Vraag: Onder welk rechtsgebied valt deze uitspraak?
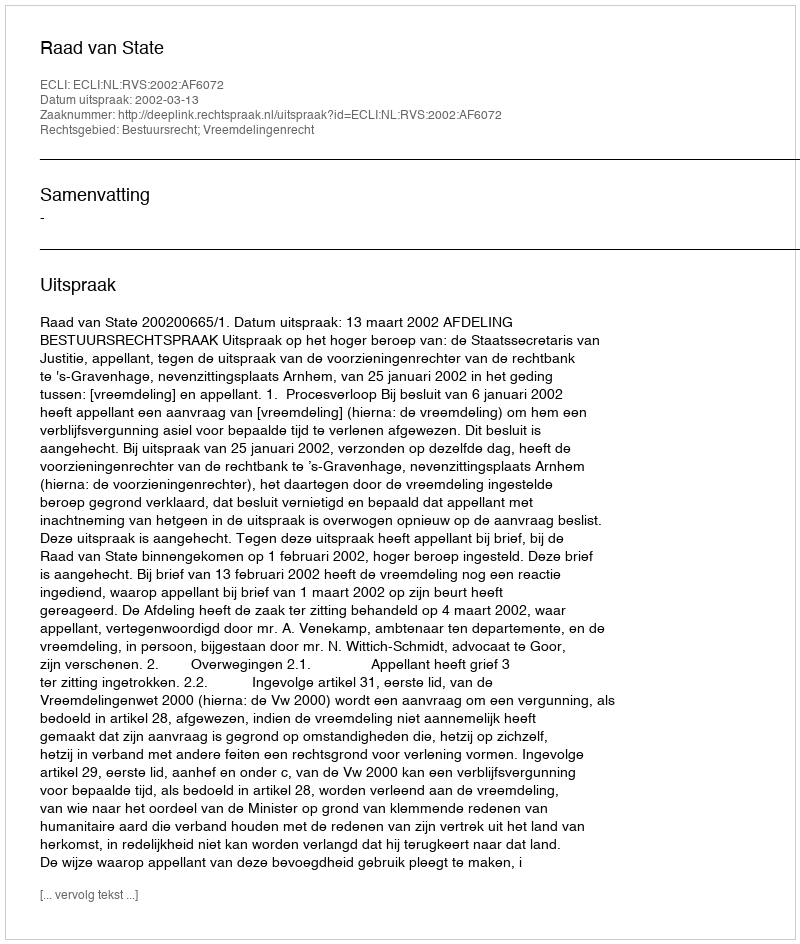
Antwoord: Bestuursrecht; Vreemdelingenrecht